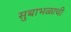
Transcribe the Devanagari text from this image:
सुबाभळाची